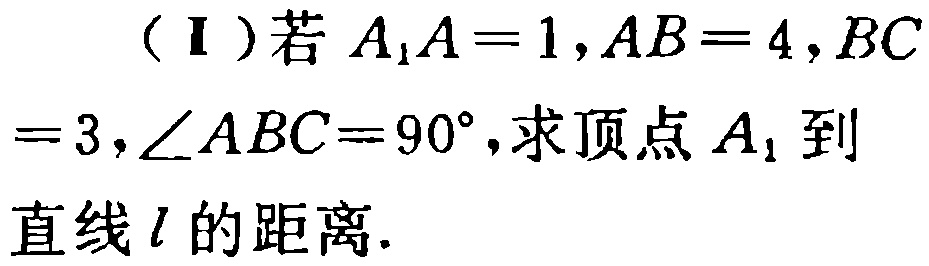
（Ⅰ）若\(A_{1}A = 1,AB = 4,BC = 3,\angle ABC = 90^{\circ}\)，求顶点\(A_{1}\)到直线\(l\)的距离.